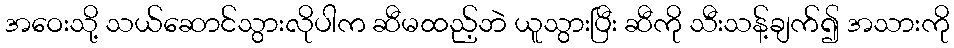
အဝေးသို့ သယ်ဆောင်သွားလိုပါက ဆီမထည့်ဘဲ ယူသွားပြီး ဆီကို သီးသန့်ချက်၍ အသားကို